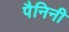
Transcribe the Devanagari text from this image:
पैनिनी